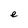
Character: e